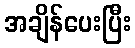
အချိန်ပေးပြီး